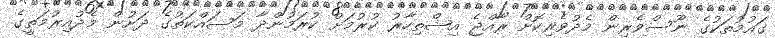
ގައުމުތަކުގެ ނޫސްވެރިން މެދުވެރިކޮށް ރާއްޖެ އިޝްތިހާރު ކުރުމަށް ކުރަމުންދާ މަސައްކަތުގެ ދަށުން މެދުއިރުމަތީގެ